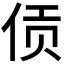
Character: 𫢟